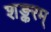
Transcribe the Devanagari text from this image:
शङ्करम्